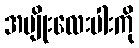
အမျိုးလေးပါးကို